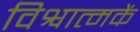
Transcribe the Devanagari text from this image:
विश्वात्मकें